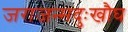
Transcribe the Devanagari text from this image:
जराजन्मदुःखौघ